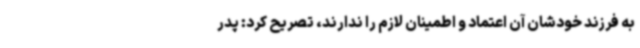
به فرزند خودشان آن اعتماد و اطمینان لازم را ندارند، تصریح کرد: پدر